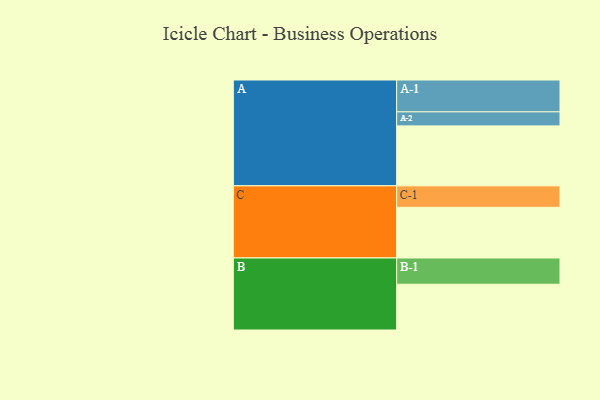
{"axis": {"x": "Segment", "y": "Value"}, "legend": ["", "A", "B", "C"], "data": [{"x": "A", "y": 452, "type": ""}, {"x": "B", "y": 345, "type": ""}, {"x": "C", "y": 382, "type": ""}, {"x": "A-1", "y": 240, "type": "A"}, {"x": "A-2", "y": 106, "type": "A"}, {"x": "B-1", "y": 198, "type": "B"}, {"x": "C-1", "y": 162, "type": "C"}]}